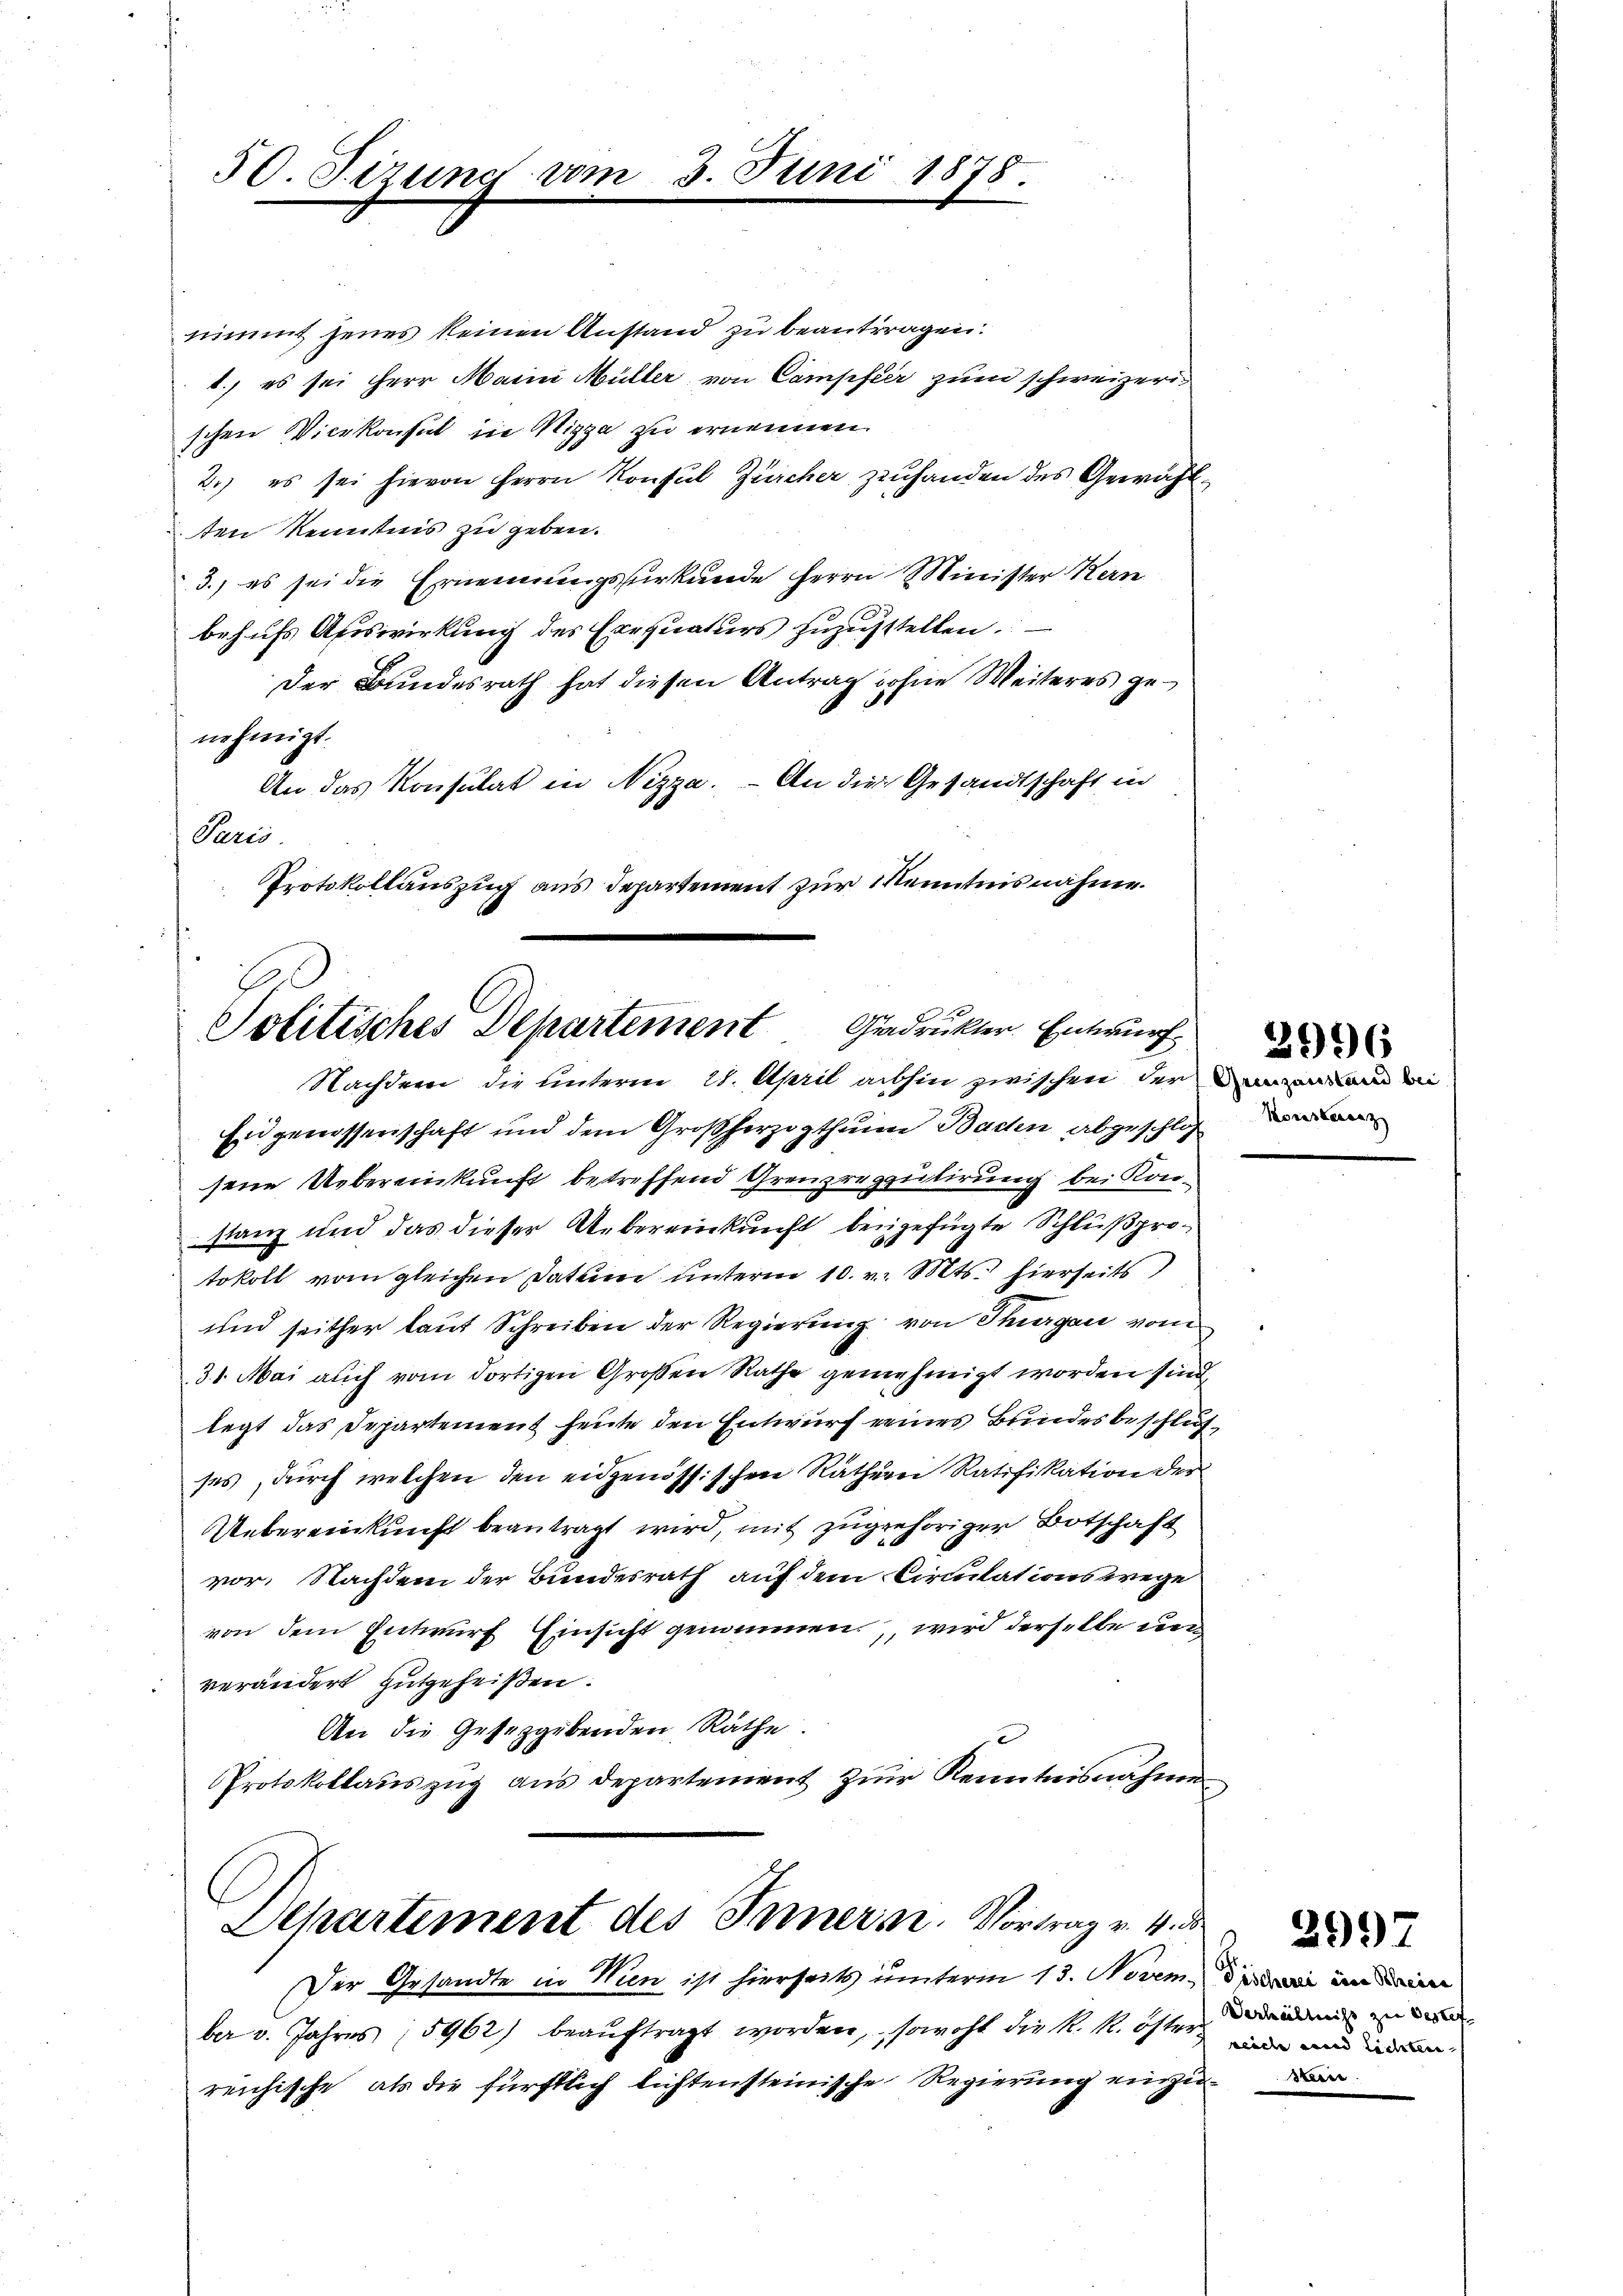
nimmt jenes keinen Anstand zu beantragen.
1.) es sei Herr Maini Müller von Campfer zum schweizerischen Vicekonsul in Nizza zu ernennen.
2.) es sei hievon Herrn Konsul Zürcher zehanden des Gewählten Kenntnis zu geben.
3.) es sei die Ernennungsurkunde Herrn Minister Kern
behufs Auswirkung des Exequaturs zuzustellen.
Der Bundesrath hat diesen Antrag ohne Weiteres genehmigt.
An das Konsulat in Nizza. - An die Gesandtschaft in
Paris.
Protokollauszug aus Departement zur Kenntnis nähme.

Solitisches Departement Gedruckter Entwurf
Nachdem die unterm 28. April abhin zwischen der an di

50. Sirung

Eidgenossenschaft und dem Großherzogthum Baden abgeschloß
sene Uebereinkunft betreffend Grenzerputirung bei Kon-
stanz und das dieser Uebereinkunft beigefügte Schlußprotokoll vom gleichen Datum unterm 10. v. Mts. hierseits
und seither laut Schreiben der Regierung von Thurgau vom
31. Mai auch vom dortigen Großen Rathe genehmigt worden sind
legt das Departement heute den Entwurf eines Bundesbeschlusses, durch welchen den eidgenössischen Räthern Ratifikation der
Uebereinkunft beantragt wird, mit zugehöriger Botschaft
vor. Nachdem der Bundesrath auf dem Circulationswege
von dem Entwurf Einsicht genommen wird derselbe unverändert gutgeheißen.
An die Gesetzgebenden Räthe.
Protokollauszug aus departement zur Kenntnisnahme
Departement des Innern. Vortrag v. 4. d.
Der Gesandte in Wien ist hierseits unterm 13. Novem, die im ein
ber v. Jahres (5962) beaŭftragt worden, sowohl die R. R. öster
reichische, als die fürstlich lichtensteinische Regierung einzu¬

Juni 1878.

Koresterenz

Verhältniß zu bestef
reich und Lichten.
stein

2997